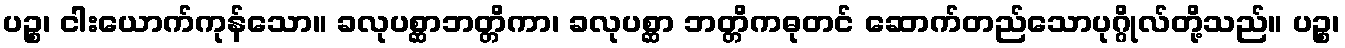
ပဉ္စ၊ ငါးယောက်ကုန်သော။ ခလုပစ္ဆာဘတ္တိကာ၊ ခလုပစ္ဆာ ဘတ္တိကဓုတင် ဆောက်တည်သောပုဂ္ဂိုလ်တို့သည်။ ပဉ္စ၊